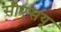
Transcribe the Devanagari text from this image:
सीएसयू